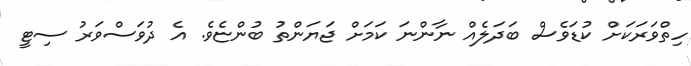
ހިތްވަރަކަށް ކުޑަވެސް ބަދަލެއް ނާންނަ ކަމަށް ޖަޔަންތު ބުންޏެވެ. އެ ދުވަސްވަރު ސިޓީ